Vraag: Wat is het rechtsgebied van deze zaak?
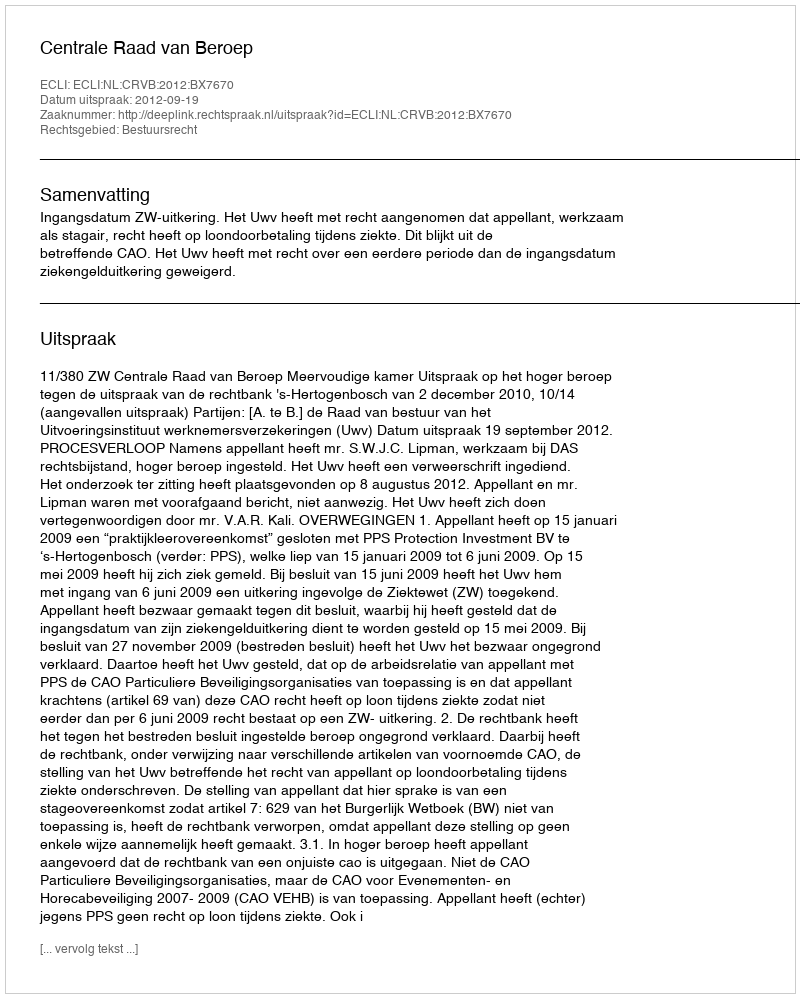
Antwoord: Bestuursrecht